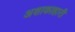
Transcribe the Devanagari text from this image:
अशाकाहारी